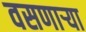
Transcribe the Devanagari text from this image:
वसणार्‍या